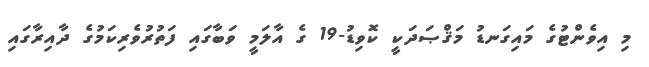
މި އިވެންޓުގެ މައިގަނޑު މަޤްޞަދަކީ ކޮވިޑު-19 ގެ އާލަމީ ވަބާގައި ފަތުރުވެރިކަމުގެ ދާއިރާގައި